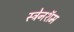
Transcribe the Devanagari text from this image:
स्ट्रेनशॅम